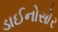
ડાઈનોસોર